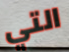
التي